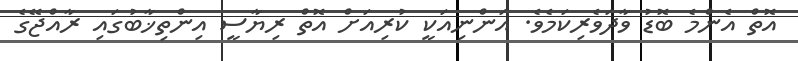
އޮތް އެންމެ ބޮޑު ވާދަވެރިކަމެވެ. އަންނިއަކީ ކުރިއަށް އޮތް ރިޔާސީ އިންތިޚާބުގައި ރާއްޖޭގެ